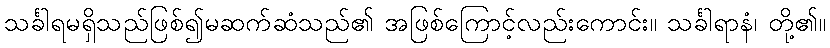
သင်္ခါရမရှိသည်ဖြစ်၍မဆက်ဆံသည်၏ အဖြစ်ကြောင့်လည်းကောင်း။ သင်္ခါရာနံ၊ တို့၏။